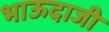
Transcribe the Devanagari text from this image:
भाऊदाजी